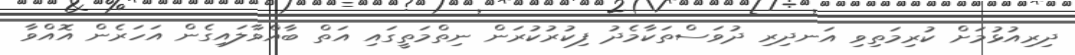
ދިރިއުޅުމަށް ކުރިމަތިވި އަނދިރި ދުވަސްތަކާމެދު ފިކުރުކުރަން ނިތްމަތީގައި އަތް ބާއްވާލައިގެން އަހަރެން އޮއްވާ